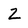
Character: z